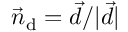
\vec { n } _ { \mathrm { d } } = \vec { d } / | \vec { d } |